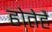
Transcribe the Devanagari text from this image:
होतेहैं